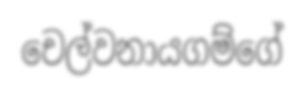
චෙල්වනායගම්ගේ